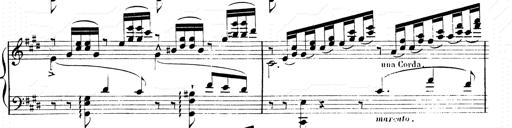
Title: 2 Transcriptions d'aprÃ¨s Rossini
Composer: Franz Liszt